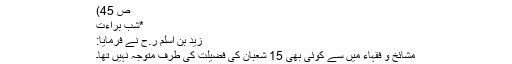
ص 45)
*شب براءت
زيد بن اسلم ر.ح نے فرمایا:
مشائخ و فقہاء میں سے کوئی بھی 15 شعبان کی فضیلت کی طرف متوجہ نہیں تھا۔